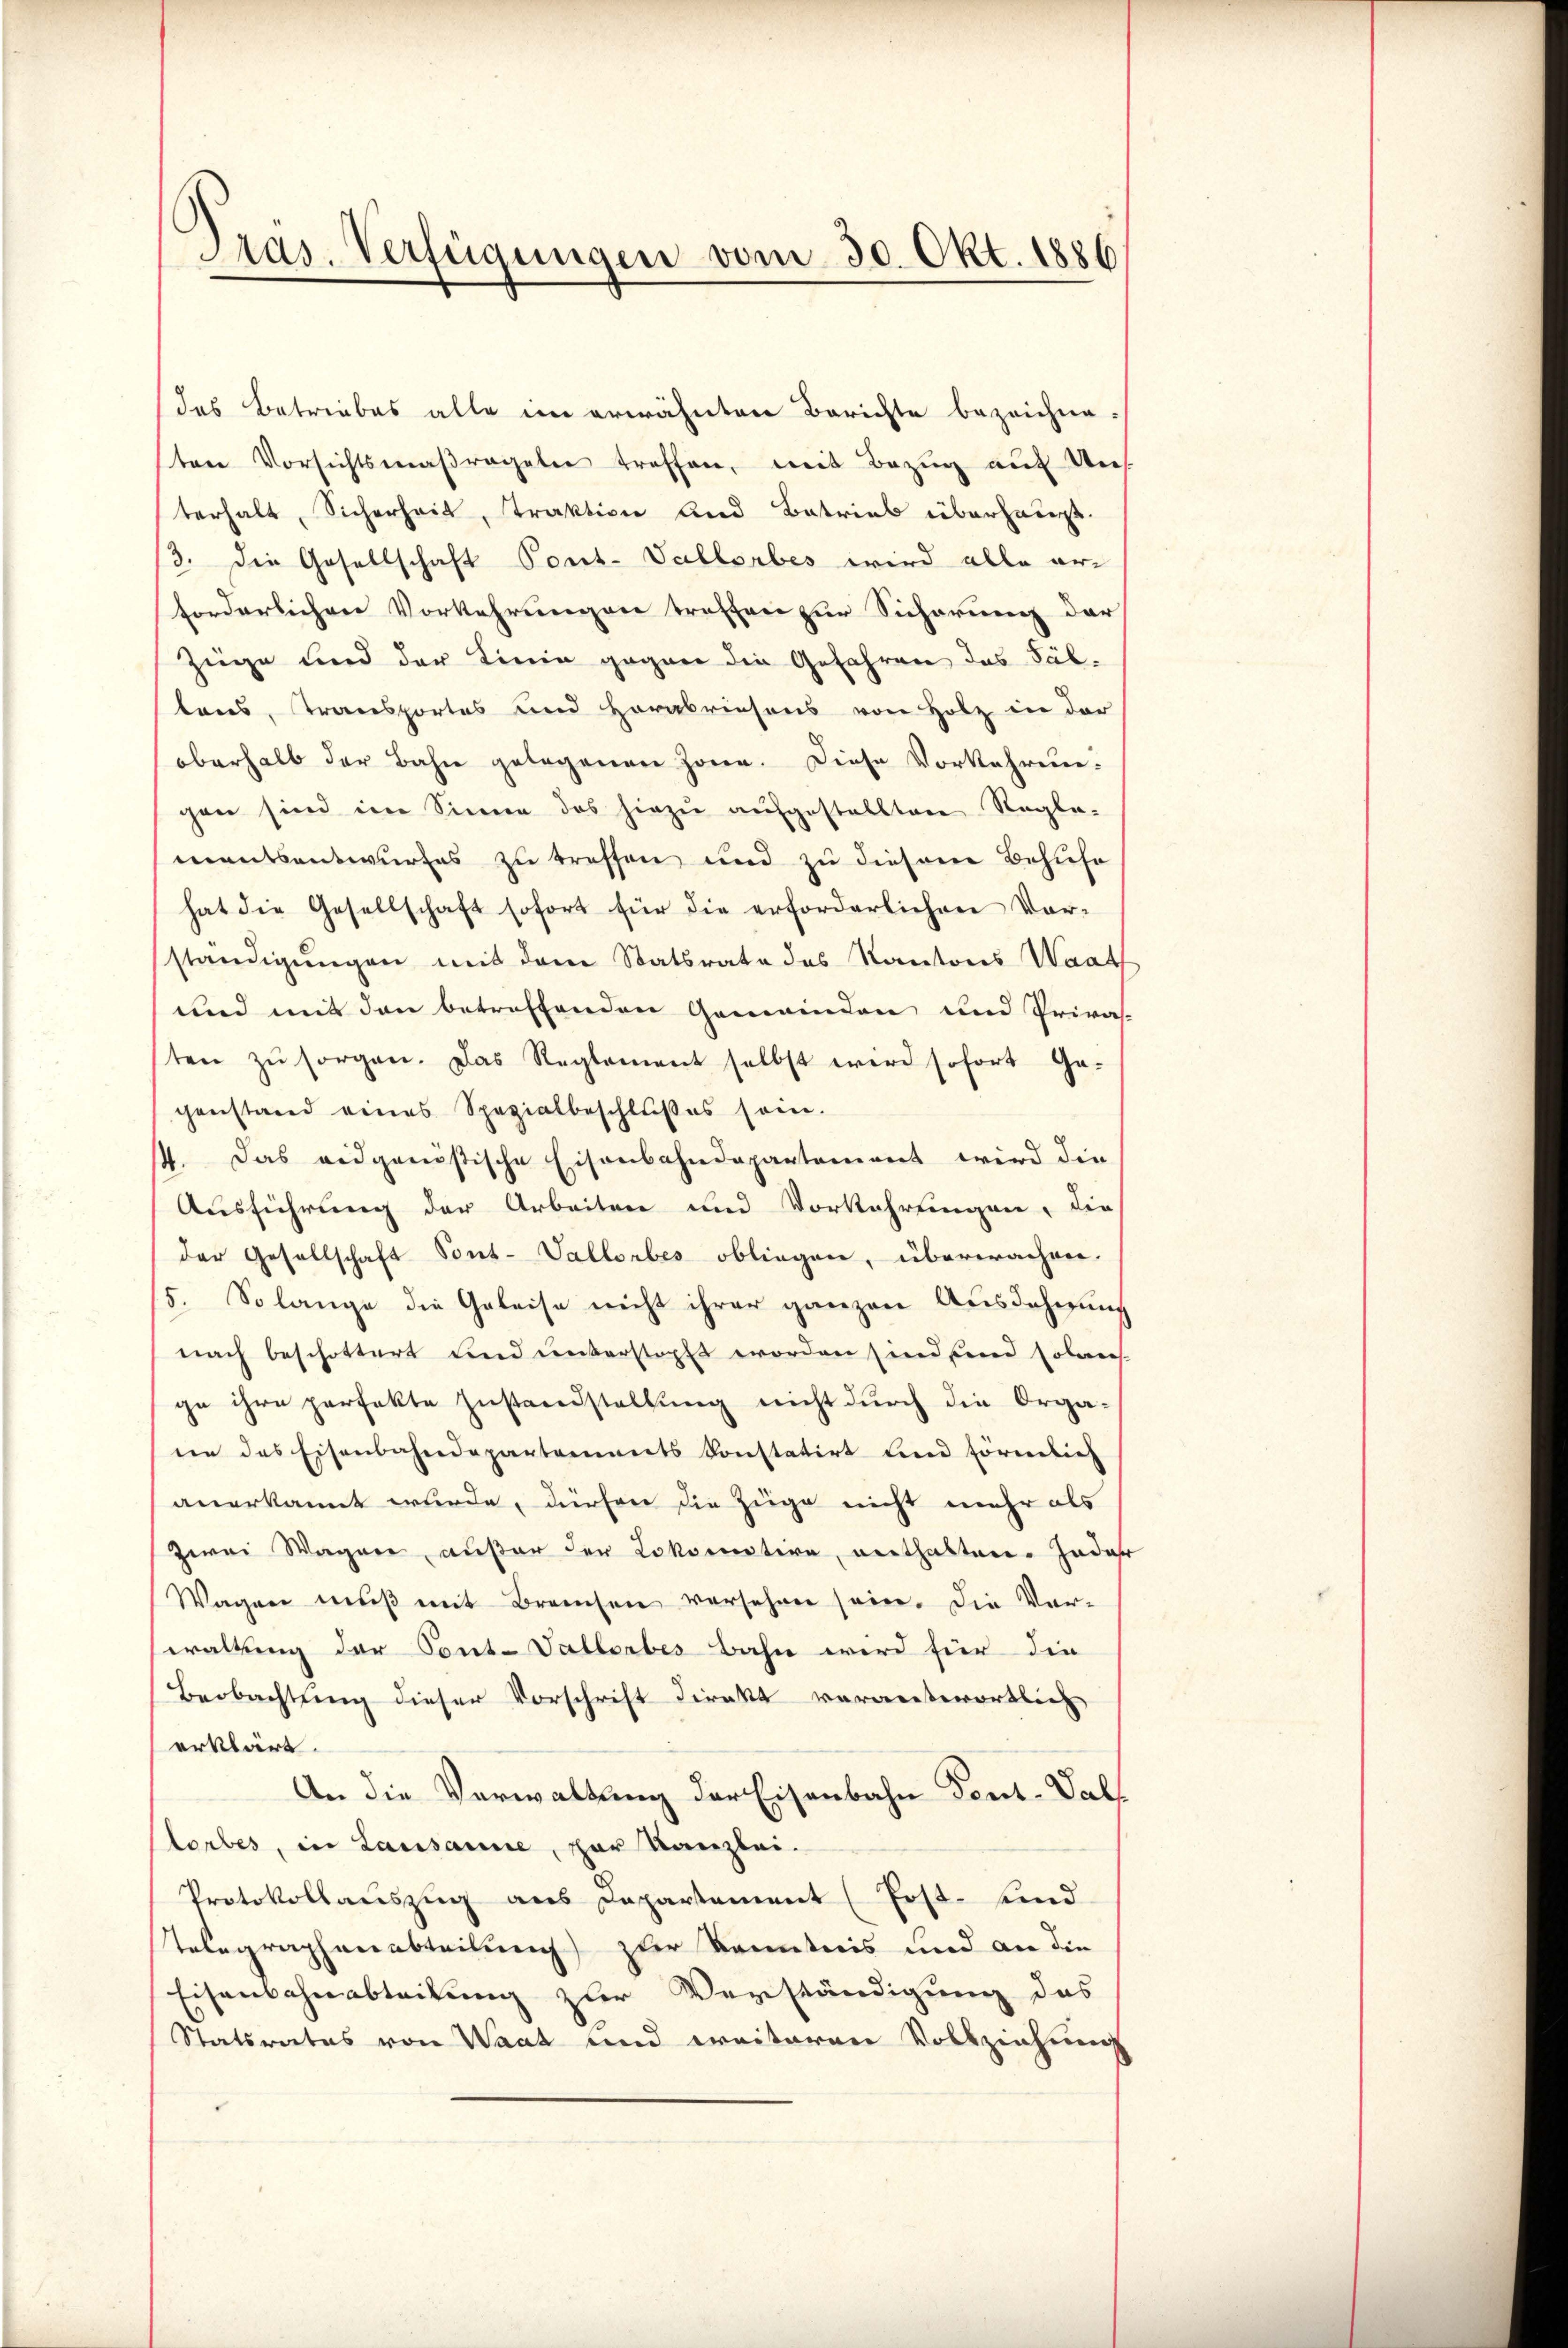
Pras. Verfügungen vom 30. Okt. 1886

das Betriebes alte im erwähnten Berichte bezeichne-
tere Vorsichtsmaßregeter treffen, mit Bezug auf Uns
terhalt, Sicherheit, Traktion und Betrieb überhaupt.
/3. die Gesellschaft Pont-Vallorbes wird alle erforderlichen Vorkehrungen treffen zur Sicherung der
Züge und der Linie gegen die Gefahren das Fältens, Transportes und Herabriesens von Holz in der
oberhalb der Bahn gelegenen Zonen. Diese Vorkehren-
gen sind im Sinne das hiezu aufgestellten Regle-
mentsentwurfes zu treffen und zu diesem Behufe
hat die Gesellschaft sofort für die erforderlichen Vor-
ständigungen mit dem Statsrate das Kantons Waat
und mit den betreffenden Gemeinden und Priva-
sten zŭ sorgen. Das Reglement selbst wird sofort Ge-
genstand eines Spezialbeschlußes sein.
4. Das eidgenößische Eisenbahndepartement wird die
Ausführung der Arbeiten und Vorkehrungen, die
der Gesellschaft Sont-Vallorbes obliegen, überwachen.
5. So lange die Geleise nicht ihrer ganzen Ausdehnung
nach beschottert und unterstopft worden sind sind solens-
ge ihre perfekte Zustandstellung nicht durch die Organe das Eisenbahndepartements konstatirt und förmlich
anerkannt wurde, dürfen die Züge nicht mehr als
zwei Wagner, außer der Lokomotive, enthalten. Jeder
Wagen mŭβ mit Branchen versehen sein. Die Ver-
waltung der Pont. Vallorbes Bahn wird für die
Beobachtung dieser Vorschrift direkt verantwortlich
erklärt.
An die Verwaltung der Eisenbahn Deut-Vallorbes, in Lausanne, zur Kanzlei.
Protokollauszug aus Departement (Post- und
Telegraphenabteilung zur Kenntnis und an die
Eisenbahnabteilung zur Verständigung das
Statsrates von Waat und weiteren Vollziehung